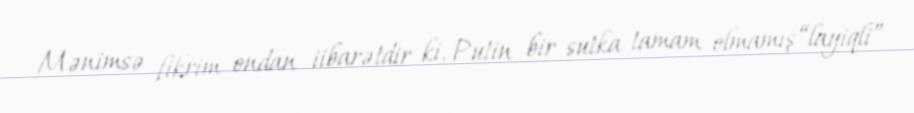
Mənimsə fikrim ondan iibarətdir ki, Putin bir sutka tamam olmamış “layiqli”